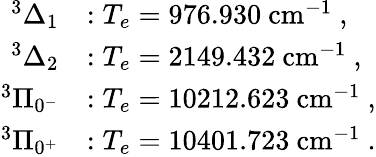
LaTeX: \begin{array}{rl}{^3\Delta_{1}}&{:T_{e}=976.930~\mathrm{cm}^{-1}\ ,}\\ {^3\Delta_{2}}&{:T_{e}=2149.432~\mathrm{cm}^{-1}\ ,}\\ {^3\Pi_{0^{-}}}&{:T_{e}=10212.623~\mathrm{cm}^{-1}\ ,}\\ {^3\Pi_{0^{+}}}&{:T_{e}=10401.723~\mathrm{cm}^{-1}\ .}\end{array}